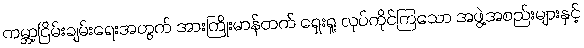
ကမ္ဘာ့ငြိမ်းချမ်းရေးအတွက် အားကြိုးမာန်တက် ရှေးရှု လုပ်ကိုင်ကြသော အဖွဲ့အစည်းများနှင့်